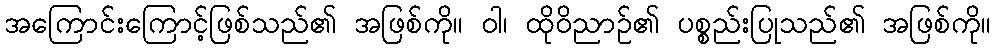
အကြောင်းကြောင့်ဖြစ်သည်၏ အဖြစ်ကို။ ဝါ၊ ထိုဝိညာဉ်၏ ပစ္စည်းပြုသည်၏ အဖြစ်ကို။